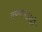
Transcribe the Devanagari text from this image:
तपमानातही